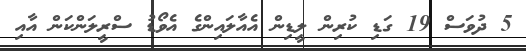
5 ދުވަސް 19 ގަޑި ކުރިން ލީޑިން އެއާލައިންގެ އެވޯޑު ސްރީލަންކަން އާއި